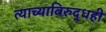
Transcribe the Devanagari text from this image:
त्याच्याविरुद्धही